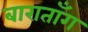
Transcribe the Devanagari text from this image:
बाराताँग